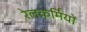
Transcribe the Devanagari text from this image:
रेलकर्मियों